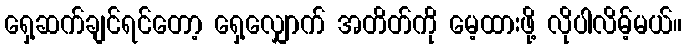
ရှေ့ဆက်ချင်ရင်တော့ ရှေ့လျှောက် အတိတ်ကို မေ့ထားဖို့ လိုပါလိမ့်မယ်။